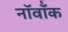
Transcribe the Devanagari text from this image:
नॉर्वॉक